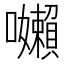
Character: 𭌽